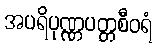
အပရိပုဏ္ဏပတ္တစီဝရံ